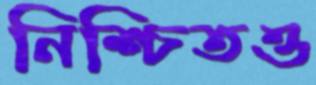
নিশ্চিতও